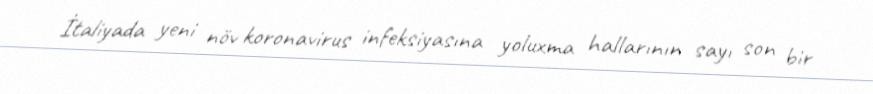
İtaliyada yeni növ koronavirus infeksiyasına yoluxma hallarının sayı son bir